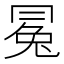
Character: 𠕤